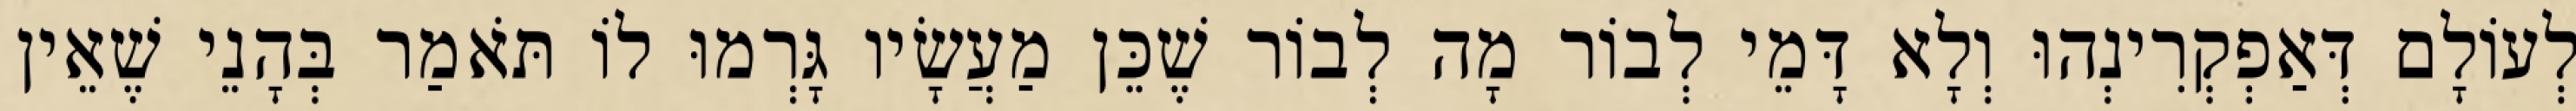
לְעוֹלָם דְּאַפְקְרִינְהוּ וְלָא דָּמֵי לְבוֹר מָה לְבוֹר שֶׁכֵּן מַעֲשָׂיו גָּרְמוּ לוֹ תֹּאמַר בְּהָנֵי שֶׁאֵין